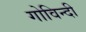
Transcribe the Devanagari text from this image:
गोविन्दी